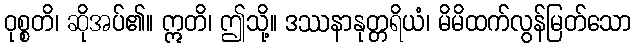
ဝုစ္စတိ၊ ဆိုအပ်၏။ ဣတိ၊ ဤသို့။ ဒဿနာနုတ္တရိယံ၊ မိမိထက်လွန်မြတ်သော